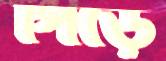
পিঁঁড়ে